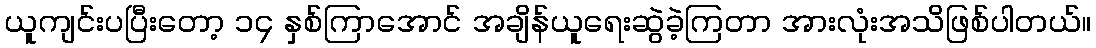
ယူကျင်းပပြီးတော့ ၁၄ နှစ်ကြာအောင် အချိန်ယူရေးဆွဲခဲ့ကြတာ အားလုံးအသိဖြစ်ပါတယ်။